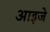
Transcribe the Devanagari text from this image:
आइजे